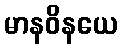
မာနဝိနယေ